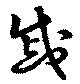
戚